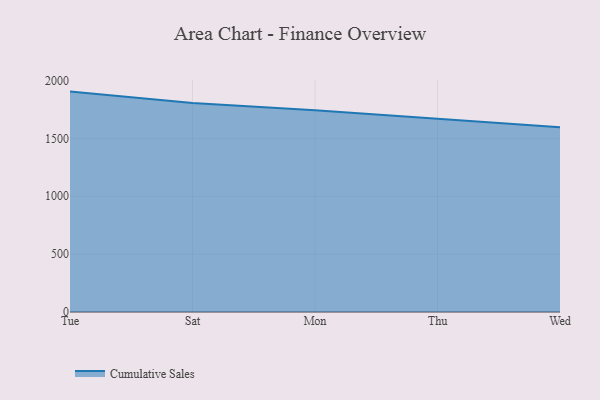
{"axis": {"x": "Day", "y": "Tickets Resolved"}, "legend": ["Cumulative Sales"], "data": [{"x": "Tue", "y": 1904.7, "type": "Cumulative Sales"}, {"x": "Sat", "y": 1806.0, "type": "Cumulative Sales"}, {"x": "Mon", "y": 1742.5, "type": "Cumulative Sales"}, {"x": "Thu", "y": 1668.5, "type": "Cumulative Sales"}, {"x": "Wed", "y": 1597.2, "type": "Cumulative Sales"}]}